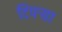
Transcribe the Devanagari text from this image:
टिपऱ्या